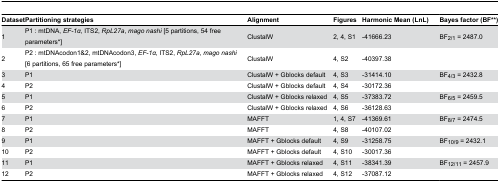
| Dataset | Partitioning strategies | Alignment | Figures | Harmonic Mean (LnL) | Bayes factor (BF**) |
 | --- | --- | --- | --- | --- | --- |
 | 1 | P1 : mtDNA, EF-1α, ITS2, RpL27a, mago nashi [5 partitions, 54 free parameters*] | ClustalW | 2, 4, S1 | -41666.23 | BF2/1 = 2487.0 |
 | 2 | P2 : mtDNAcodon1&2, mtDNAcodon3, EF-1α, ITS2, RpL27a, mago nashi [6 partitions, 65 free parameters*] | ClustalW | 4, S2 | -40397.38 |  |
 | 3 | P1 | ClustalW + Gblocks default | 4, S3 | -31414.10 | BF4/3 = 2432.8 |
 | 4 | P2 | ClustalW + Gblocks default | 4, S4 | -30172.36 |  |
 | 5 | P1 | ClustalW + Gblocks relaxed | 4, S5 | -37383.72 | BF6/5 = 2459.5 |
 | 6 | P2 | ClustalW + Gblocks relaxed | 4, S6 | -36128.63 |  |
 | 7 | P1 | MAFFT | 1, 4, S7 | -41369.61 | BF8/7 = 2474.5 |
 | 8 | P2 | MAFFT | 4, S8 | -40107.02 |  |
 | 9 | P1 | MAFFT + Gblocks default | 4, S9 | -31258.75 | BF10/9 = 2432.1 |
 | 10 | P2 | MAFFT + Gblocks default | 4, S10 | -30017.36 |  |
 | 11 | P1 | MAFFT + Gblocks relaxed | 4, S11 | -38341.39 | BF12/11 = 2457.9 |
 | 12 | P2 | MAFFT + Gblocks relaxed | 4, S12 | -37087.12 |  |